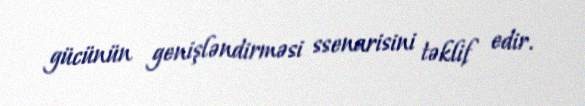
gücünün genişləndirməsi ssenarisini təklif edir.